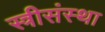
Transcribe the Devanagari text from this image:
स्त्रीसंस्था